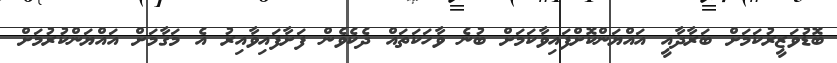
ބޮޑުވަޒީރުކަމަށް ބަރާދާއީ އައްޔަންކޮށްފައިވާކަމަށް ބުނެ ވާހަކަތައް ދެކެވެން ފަށާފައިވާއިރު އެ މަގާމަށް އައްޔަންކުރުމަށް